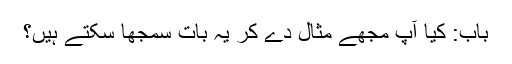
باب: کیا آپ مجھے مثال دے کر یہ بات سمجھا سکتے ہیں؟